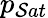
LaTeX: p_{\mathcal{S}at}